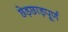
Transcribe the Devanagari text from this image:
छेड़छाड़पूर्ण